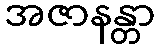
အဇာနန္တာ